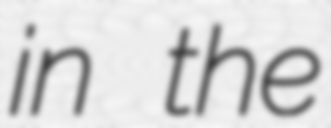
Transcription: in the